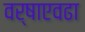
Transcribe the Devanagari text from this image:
वर्षाएवढा